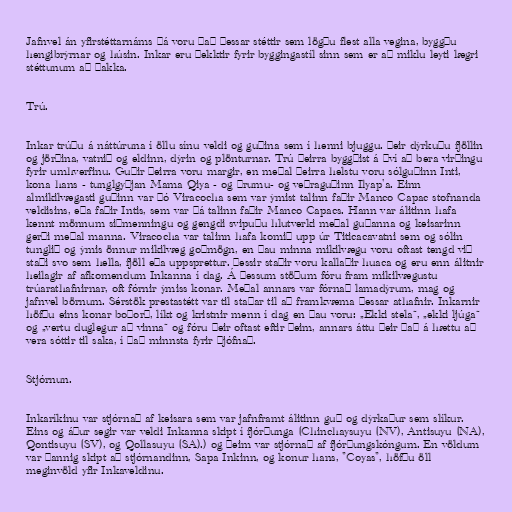
Jafnvel án yfirstéttarnáms þá voru það þessar stéttir sem lögðu flest alla vegina, byggðu
hengibrýrnar og húsin. Inkar eru þekktir fyrir byggingastíl sinn sem er að miklu leyti lægri
stéttunum að þakka.

Trú.

Inkar trúðu á náttúruna í öllu sínu veldi og guðina sem í henni bjuggu. Þeir dýrkuðu fjöllin
og jörðina, vatnið og eldinn, dýrin og plönturnar. Trú þeirra byggðist á því að bera virðingu
fyrir umhverfinu. Guðir þeirra voru margir, en meðal þeirra helstu voru sólguðinn Inti,
kona hans - tunglgyðjan Mama Qiya - og þrumu- og veðraguðinn Ilyap'a. Einn
almikilvægasti guðinn var þó Viracocha sem var ýmist talinn faðir Manco Capac stofnanda
veldisins, eða faðir Intis, sem var þá talinn faðir Manco Capacs. Hann var álitinn hafa
kennt mönnum siðmenningu og gengdi svipuðu hlutverki meðal guðanna og keisarinn
gerði meðal manna. Viracocha var talinn hafa komið upp úr Titicacavatni sem og sólin
tunglið og ýmis önnur mikilvæg goðmögn, en þau minna mikilvægu voru oftast tengd við
staði svo sem hella, fjöll eða uppsprettur. Þessir staðir voru kallaðir huaca og eru enn álitnir
heilagir af afkomendum Inkanna í dag. Á þessum stöðum fóru fram mikilvægustu
trúarathafnirnar, oft fórnir ýmiss konar. Meðal annars var fórnað lamadýrum, mag og
jafnvel börnum. Sérstök prestastétt var til staðar til að framkvæma þessar athafnir. Inkarnir
höfðu eins konar boðorð, líkt og kristnir menn í dag en þau voru: „Ekki stela“, „ekki ljúga“
og „vertu duglegur að vinna“ og fóru þeir oftast eftir þeim, annars áttu þeir það á hættu að
vera sóttir til saka, í það minnsta fyrir þjófnað.

Stjórnun.

Inkaríkinu var stjórnað af keisara sem var jafnframt álitinn guð og dýrkaður sem slíkur.
Eins og áður segir var veldi Inkanna skipt í fjórðunga (Chinchaysuyu (NV), Antisuyu (NA),
Qontisuyu (SV), og Qollasuyu (SA).) og þeim var stjórnað af fjórðungskóngum. En völdum
var þannig skipt að stjórnandinn, Sapa Inkinn, og konur hans, "Coyas", höfðu öll
meginvöld yfir Inkaveldinu.